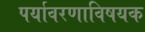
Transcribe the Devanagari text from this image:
पर्यावरणाविषयक